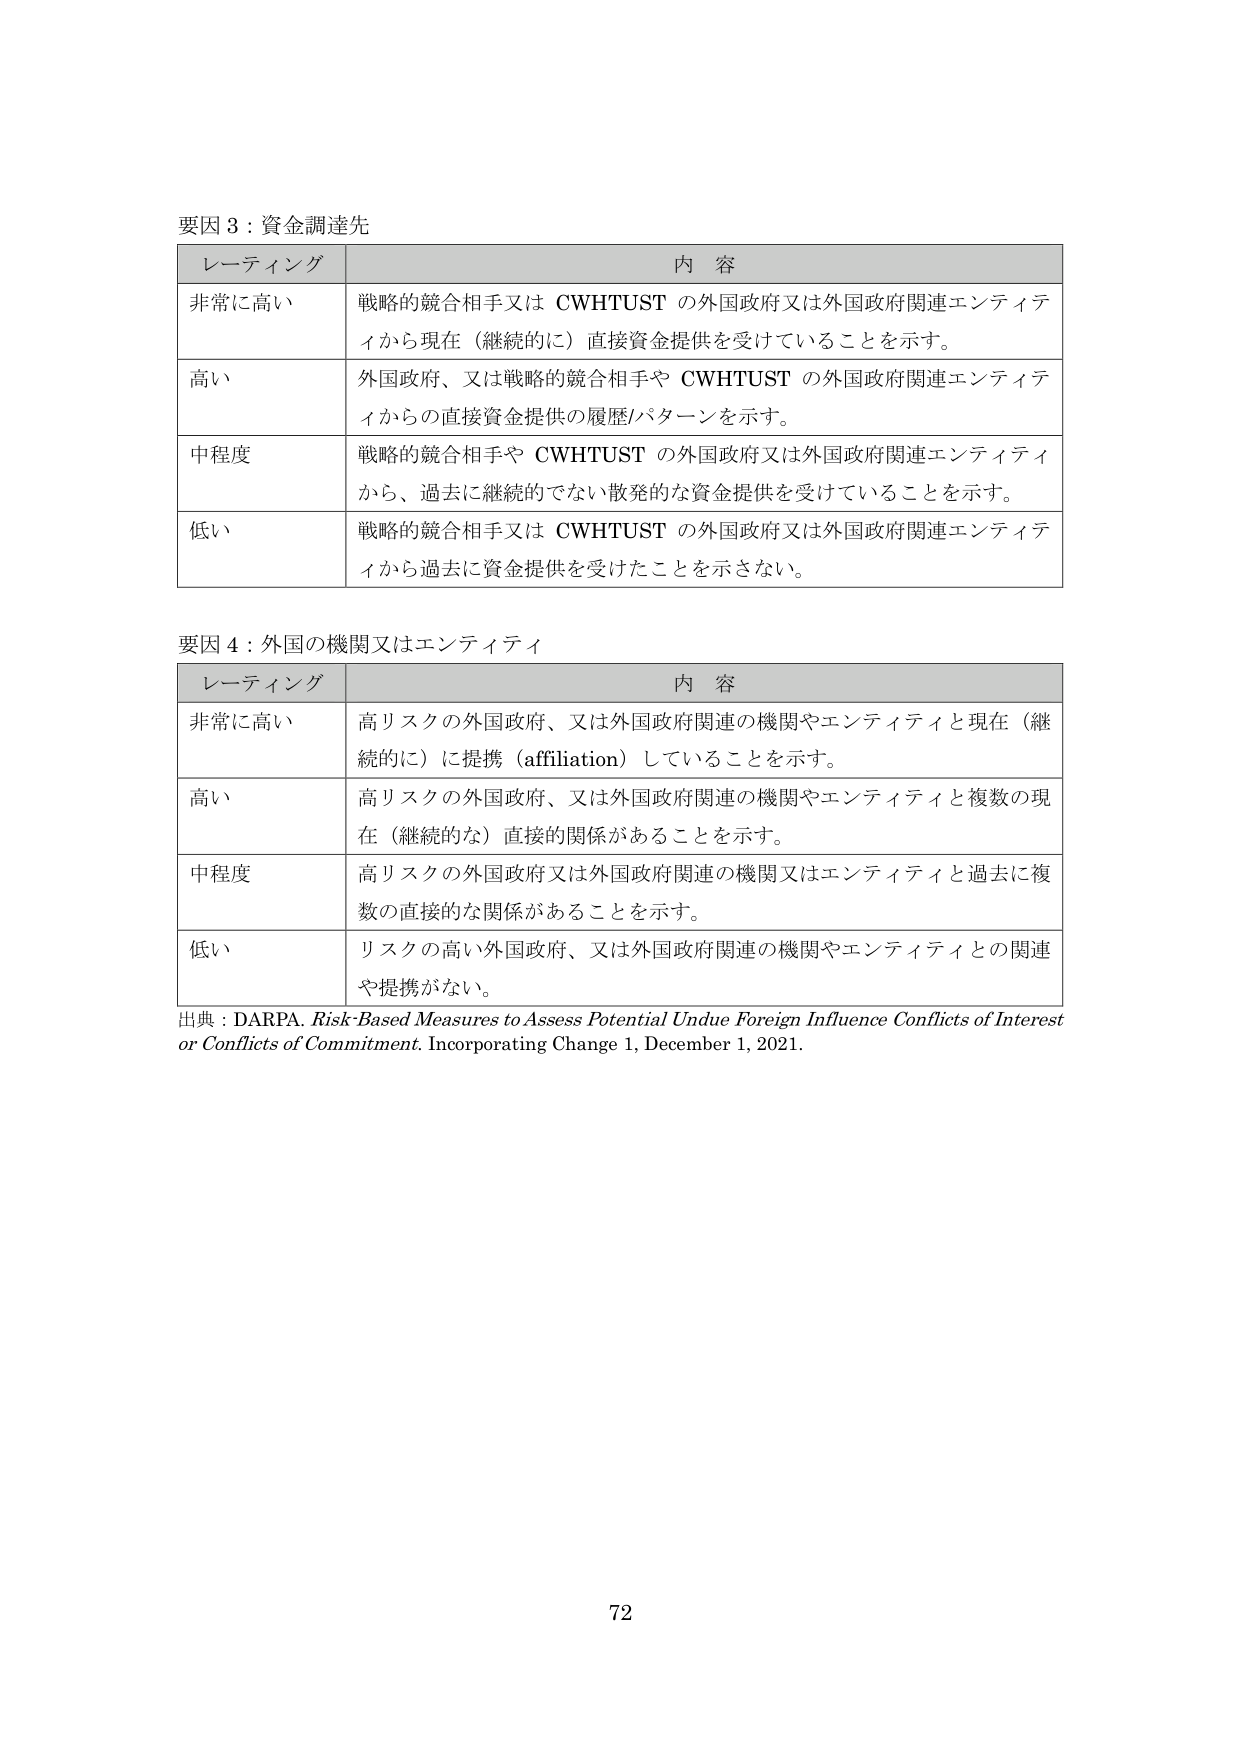
要因３：資金調達先

レーティング 内 容
非常に高い 戦略的競合相手又は CWTHTUST の外国政府又は外国政府関連エンティティから現在（継続的に）直接資金提供を受けていることを示す。
高い 外国政府、又は戦略的競合相手や CWTHTUST の外国政府関連エンティティからの直接資金提供の履歴/パターンを示す。
中程度 戦略的競合相手や CWTHTUST の外国政府又は外国政府関連エンティティから、過去に継続的でない散発的な資金提供を受けていることを示す。
低い 戦略的競合相手又は CWTHTUST の外国政府又は外国政府関連エンティティから過去に資金提供を受けたことを示さない。

要因４：外国の機関又はエンティティ

レーティング 内 容
非常に高い 高リスクの外国政府、又は外国政府関連の機関やエンティティと現在（継続的に）に提携（affiliation）していることを示す。
高い 高リスクの外国政府、又は外国政府関連の機関やエンティティと複数の現在（継続的な）直接的関係があることを示す。
中程度 高リスクの外国政府又は外国政府関連の機関又はエンティティと過去に複数の直接的な関係があることを示す。
低い リスクの高い外国政府、又は外国政府関連の機関やエンティティとの関連や提携がない。

出典：DARPA. Risk-Based Measures to Assess Potential Undue Foreign Influence Conflicts of Interest or Conflicts of Commitment. Incorporating Change 1, December 1, 2021.

72